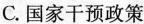
C.国家干预政策